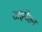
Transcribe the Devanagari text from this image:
डाइमेशन